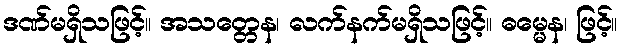
ဒဏ်မရှိသဖြင့်။ အသတ္တေန၊ လက်နက်မရှိသဖြင့်။ ဓမ္မေန၊ ဖြင့်။